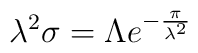
\lambda^{2}\sigma=\Lambda e^{-{\pi\over\lambda^{2}}}